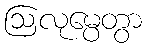
ဩလုမ္ပေတွာ